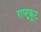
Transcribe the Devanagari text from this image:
राष्ट्कूट